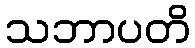
သဘာပတိ